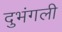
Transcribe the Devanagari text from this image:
दुभंगली